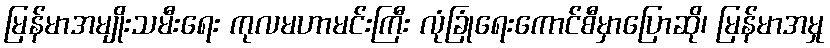
မြန်မာအမျိုးသမီးရေး ကုလမဟာမင်းကြီး လုံခြုံရေးကောင်စီမှာပြောဆို၊ မြန်မာအမှု